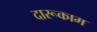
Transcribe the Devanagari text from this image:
दारूकाम